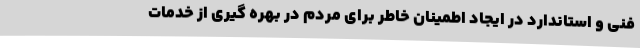
فنی و استاندارد در ایجاد اطمینان خاطر برای مردم در بهره گیری از خدمات